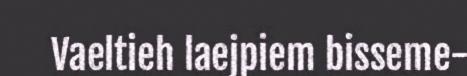
Vaeltieh laejpiem bisseme-